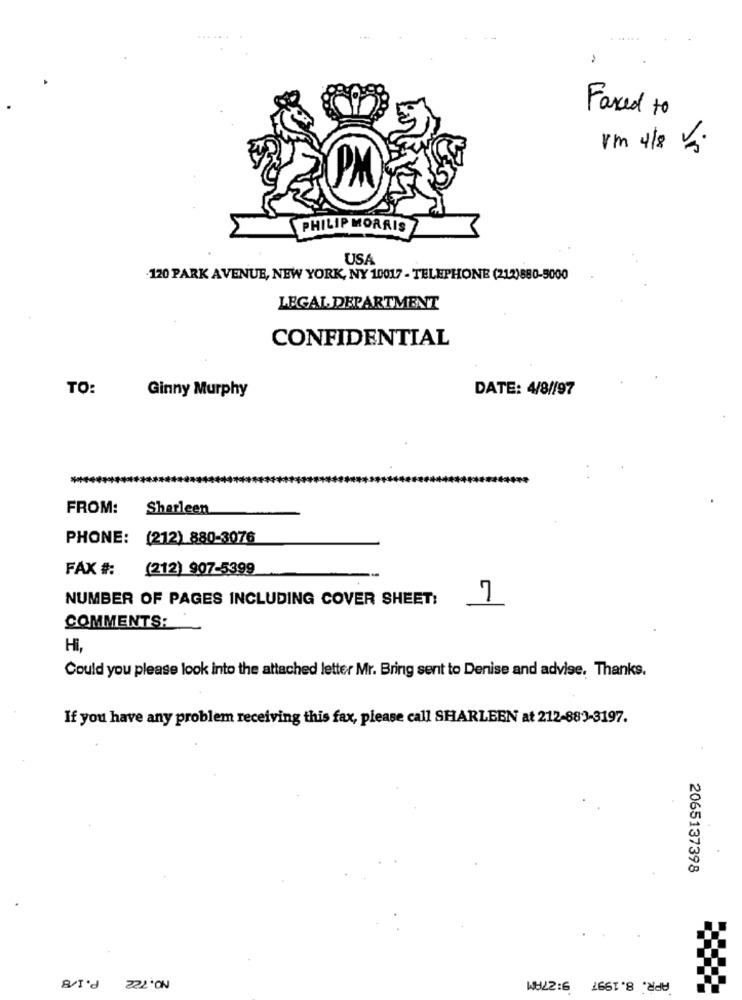
Faxed to
rm 4/8 V.
PHILIP MORRIS
USA
-120 PARK AVENUE, NEW YORK, NY 10017 - TELEPHONE (212)880-5000
LEGAL DEPARTMENT
CONFIDENTIAL
TO:
DATE: 4/8//97
Ginny Murphy
FROM:
Sharleen
PHONE: (212) 880-3076
FAX #:
(212) 907-5399
NUMBER OF PAGES INCLUDING COVER SHEET:
7
COMMENTS:
Hi,
Could you please look into the attached letter Mr. Bring sent to Denise and advise. Thanks.
If you have any problem receiving this fax, please call SHARLEEN at 212-883-3197.
2065137398
P.1/8
APR. 8.1997 9:27AM
22L'ON